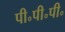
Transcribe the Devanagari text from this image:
पी॰पी॰पी॰